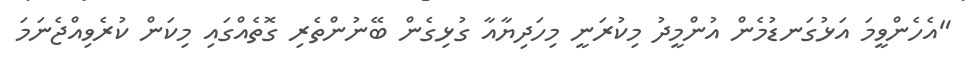
"އެހެންވީމަ އަޅުގަނޑުމެން އުންމީދު މިކުރަނީ މިހަދިޔާއާ ގުޅިގެން ބޭނުންތެރި ގޮތެއްގައި މިކަން ކުރެވިއްޖެނަމަ